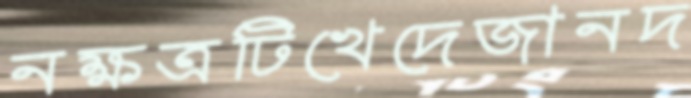
নক্ষত্রটিখেদেজানদ